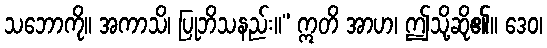
သဘောကို။ အကာသိ၊ ပြုဘိသနည်း။” ဣတိ အာဟ၊ ဤသို့ဆို၏။ ဒေဝ၊